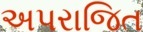
અપરાજિત